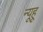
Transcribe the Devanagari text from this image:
न्यूहू